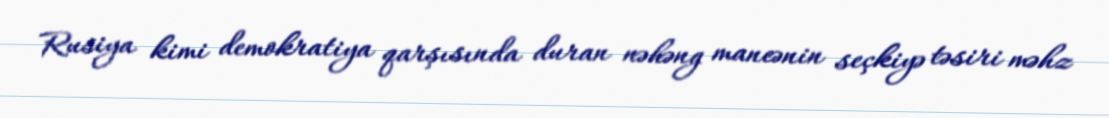
Rusiya kimi demokratiya qarşısında duran nəhəng maneənin seçkiyə təsiri məhz